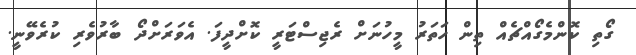
ގޯތި ކޮންމެގޯއްޗެއް ތިން ހަތަރު މީހުނަށް ރެޖިސްޓަރީ ކޮށްދީފަ. އެވަރަށްދޯ ބާރުވެރި ކުރެވޭނީ.